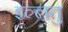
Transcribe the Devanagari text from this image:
इल्लतु